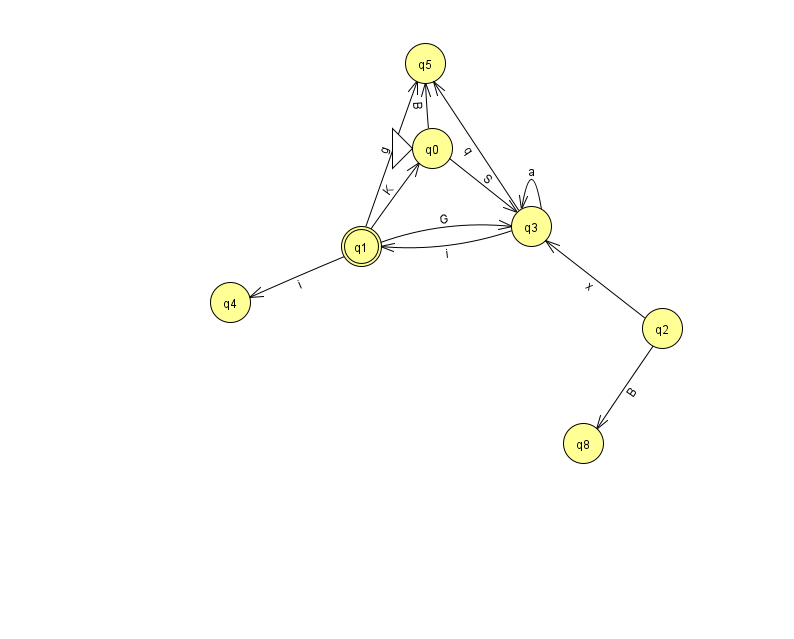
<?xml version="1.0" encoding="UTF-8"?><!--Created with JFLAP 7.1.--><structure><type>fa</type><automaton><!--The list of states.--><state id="0" name="q0"><x>432.0</x><y>135.0</y><initial/></state><state id="1" name="q1"><x>361.0</x><y>233.0</y><final/></state><state id="2" name="q2"><x>662.0</x><y>315.0</y></state><state id="3" name="q3"><x>531.0</x><y>213.0</y></state><state id="4" name="q4"><x>230.0</x><y>289.0</y></state><state id="5" name="q5"><x>425.0</x><y>50.0</y></state><state id="8" name="q8"><x>583.0</x><y>430.0</y></state><!--The list of transitions.--><transition><from>1</from><to>4</to><read>i</read></transition><transition><from>2</from><to>8</to><read>B</read></transition><transition><from>3</from><to>3</to><read>a</read></transition><transition><from>1</from><to>0</to><read>K</read></transition><transition><from>1</from><to>3</to><read>G</read></transition><transition><from>0</from><to>5</to><read>B</read></transition><transition><from>2</from><to>3</to><read>x</read></transition><transition><from>0</from><to>3</to><read>S</read></transition><transition><from>3</from><to>1</to><read>i</read></transition><transition><from>1</from><to>5</to><read>g</read></transition><transition><from>3</from><to>5</to><read>q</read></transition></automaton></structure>